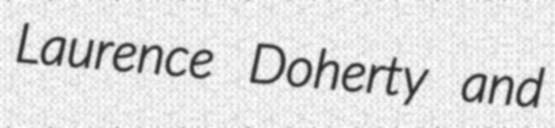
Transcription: Laurence Doherty and